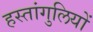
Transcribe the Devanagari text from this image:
हस्तांगुलियों